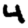
Digit: 4